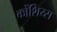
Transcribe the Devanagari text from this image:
कोंशिय्स